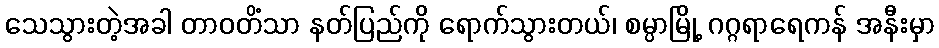
သေသွားတဲ့အခါ တာဝတိံသာ နတ်ပြည်ကို ရောက်သွားတယ်၊ စမ္ပာမြို့ ဂဂ္ဂရာရေကန် အနီးမှာ